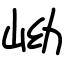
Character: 岰